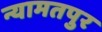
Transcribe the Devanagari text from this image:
न्यामतपुर